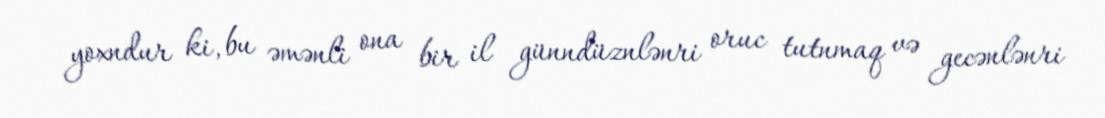
yoxndur ki, bu əmənli ona bir il günndüznlənri oruc tutnmaq və gecənlənri